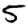
Digit: 5